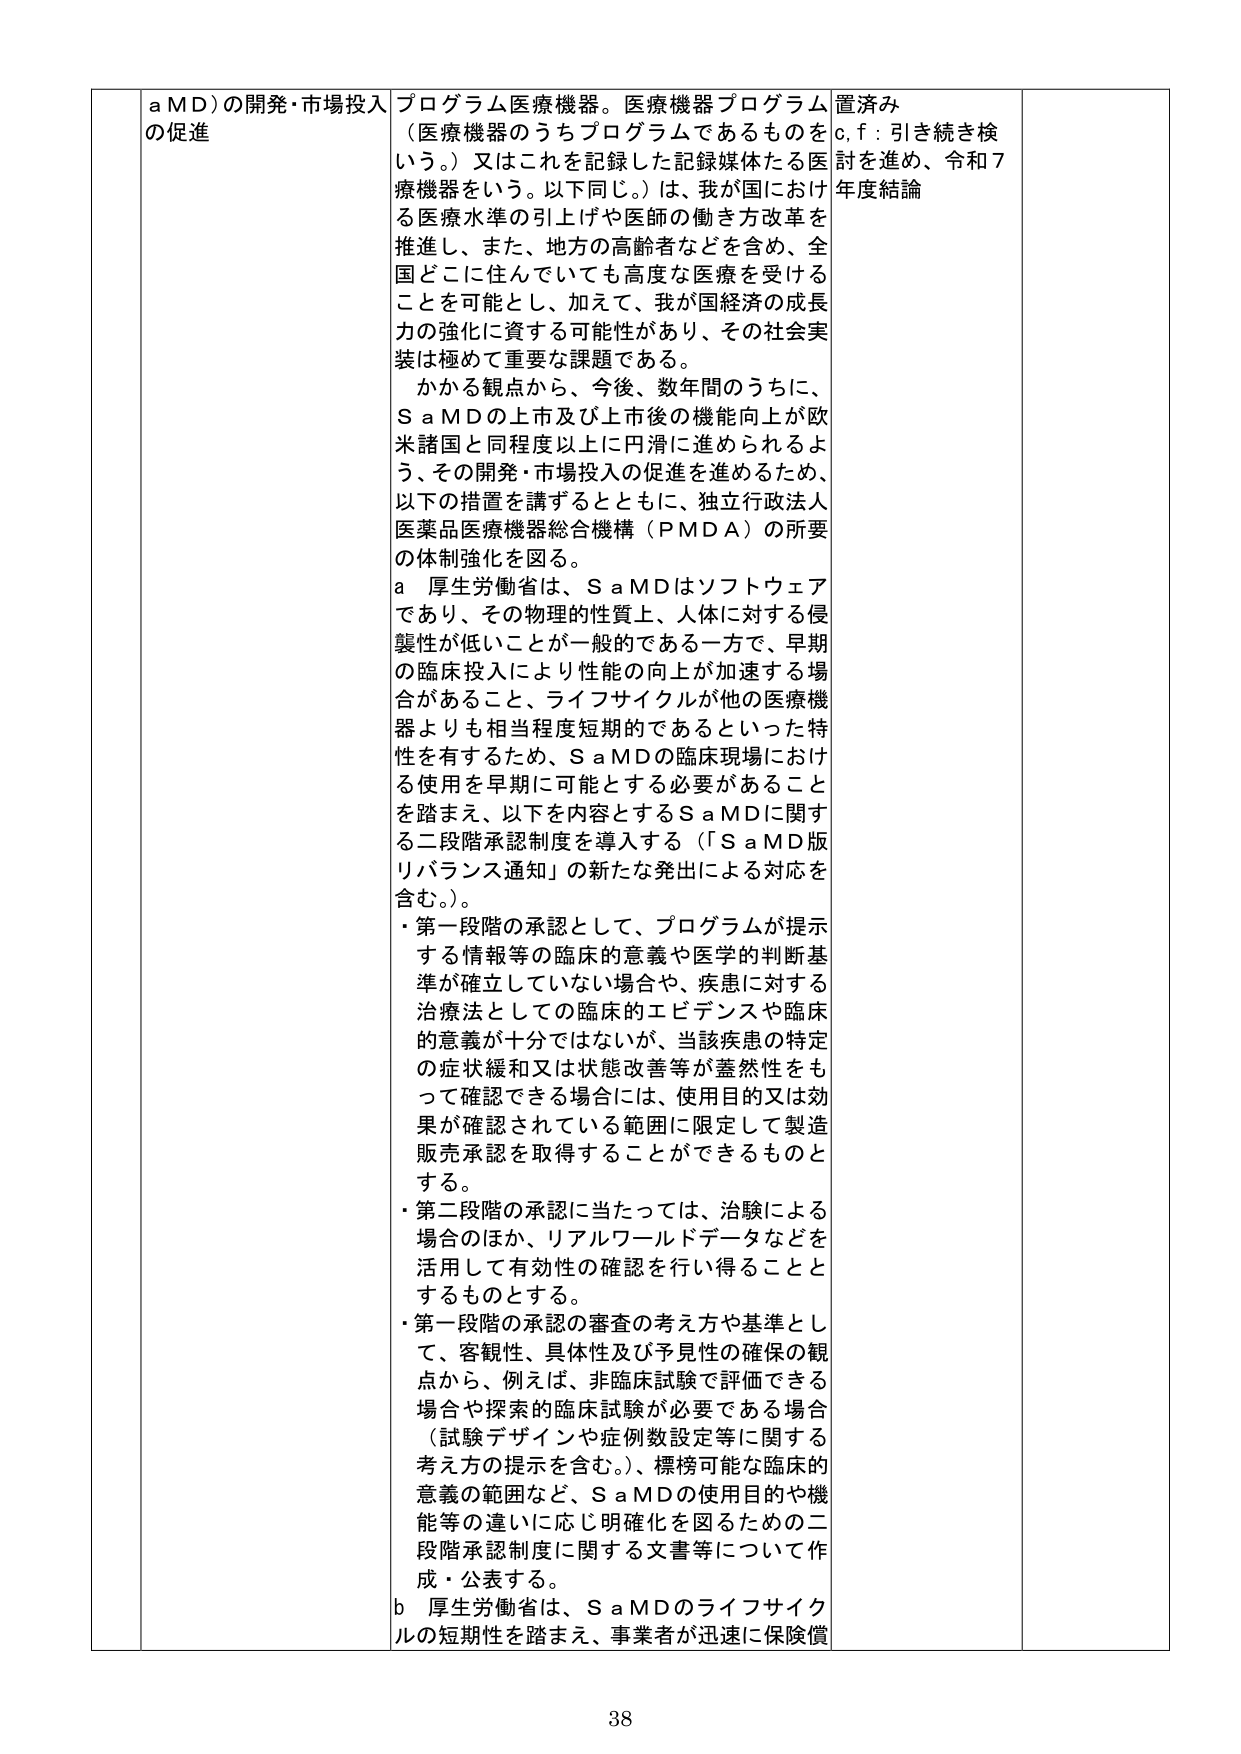
a MD）の開発・市場投入の促進

プログラム医療機器。医療機器プログラム（医療機器のうちプログラムであるものをいう。）又はこれを記録した記録媒体たる医療機器をいう。以下同じ。）は、我が国における医療水準の引上げや医師の働き方改革を推進し、また、地方の高齢者などを含め、全国どこに住んでいても高度な医療を受けることを可能とし、加えて、我が国経済の成長力の強化に資する可能性があり、その社会実装は極めて重要な課題である。

かかる観点から、今後、数年間のうちに、S a MDの上市及び上市後の機能向上が欧米諸国と同程度以上に円滑に進められるよう、その開発・市場投入の促進を進めるため、以下の措置を講ずるとともに、独立行政法人医薬品医療機器総合機構（PMDA）の所要の体制強化を図る。

a 厚生労働省は、S a MDはソフトウェアであり、その物理的性質上、人体に対する侵襲性が低いことが一般的である一方で、早期の臨床投入により性能の向上が加速する場合があること、ライフサイクルが他の医療機器よりも相当程度短期的であるといった特性を有するため、S a MDの臨床現場における使用を早期に可能とする必要があることを踏まえ、以下を内容とするS a MDに関する二段階承認制度を導入する（「S a MD版リバランス通知」の新たな発出による対応を含む。）。

・第一段階の承認として、プログラムが提示する情報等の臨床的意義や医学的判断基準が確立していない場合や、疾患に対する治療法としての臨床的エビデンスや臨床的意義が十分ではないが、当該疾患の特定の症状緩和又は状態改善等が蓋然性をもって確認できる場合には、使用目的又は効果が確認されている範囲に限定して製造販売承認を取得することができるものとする。

・第二段階の承認に当たっては、治験による場合のほか、リアルワールドデータなどを活用して有効性の確認を行い得ることとするものとする。

・第一段階の承認の審査の考え方や基準として、客観性、具体性及び予見性の確保の観点から、例えば、非臨床試験で評価できる場合や探索的臨床試験が必要である場合（試験デザインや症例数設定等に関する考え方の提示を含む。）、標榜可能な臨床的意義の範囲など、S a MDの使用目的や機能等の違いに応じ明確化を図るための二段階承認制度に関する文書等について作成・公表する。

b 厚生労働省は、S a MDのライフサイクルの短期性を踏まえ、事業者が迅速に保険償

置済み
c, f：引き続き検討を進め、令和7年度結論

38